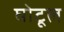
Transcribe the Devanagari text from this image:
घोटूल